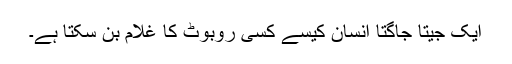
ایک جیتا جاگتا انسان کیسے کسی روبوٹ کا غلام بن سکتا ہے۔